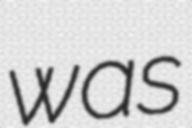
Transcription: was